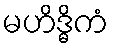
မဟိဒ္ဓိကံ